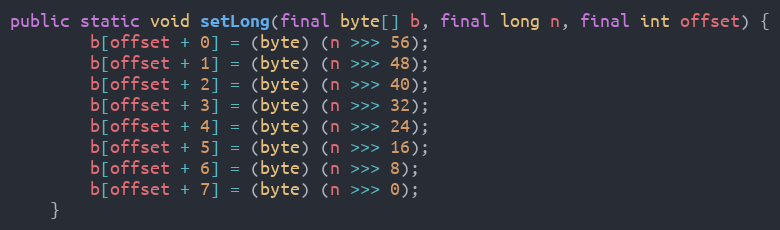
Language: Java
public static void setLong(final byte[] b, final long n, final int offset) {
        b[offset + 0] = (byte) (n >>> 56);
        b[offset + 1] = (byte) (n >>> 48);
        b[offset + 2] = (byte) (n >>> 40);
        b[offset + 3] = (byte) (n >>> 32);
        b[offset + 4] = (byte) (n >>> 24);
        b[offset + 5] = (byte) (n >>> 16);
        b[offset + 6] = (byte) (n >>> 8);
        b[offset + 7] = (byte) (n >>> 0);
    }